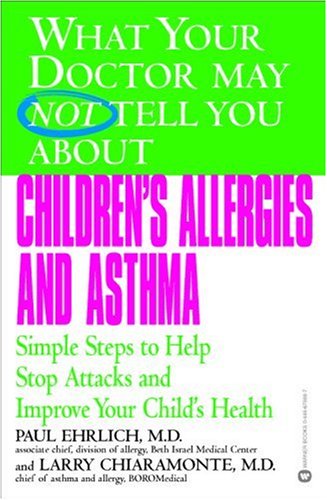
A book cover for What Your Doctor May Not Tell You About(TM) Children's Allergies and Asthma: Simple Steps to Help Stop Attacks and Improve Your Child's Health; Paul Ehrlich; Health, Fitness & Dieting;